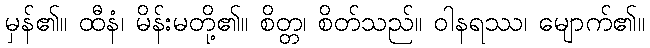
မှန်၏။ ထီနံ၊ မိန်းမတို့၏။ စိတ္တ၊ စိတ်သည်။ ဝါနရဿ၊ မျောက်၏။